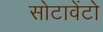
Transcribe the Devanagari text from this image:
सोटावेंटो